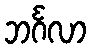
ဘင်္ဂလာ